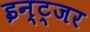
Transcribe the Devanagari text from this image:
इन्ट्जर